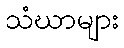
သံဃာများ